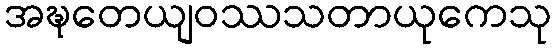
အဍ္ဎတေယျဝဿသတာယုကေသု